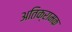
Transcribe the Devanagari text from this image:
अतिक्रामक